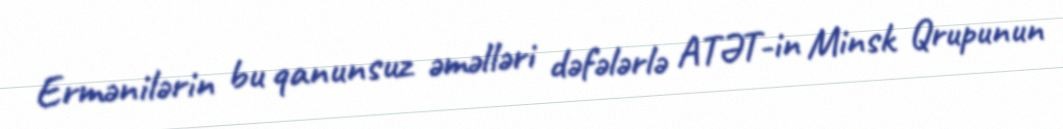
Ermənilərin bu qanunsuz əməlləri dəfələrlə ATƏT-in Minsk Qrupunun